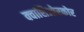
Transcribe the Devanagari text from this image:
क्वाशिओरकोर